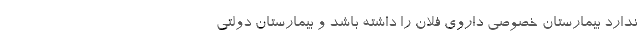
ندارد بیمارستان خصوصی داروی فلان را داشته باشد و بیمارستان دولتی